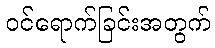
ဝင်ရောက်ခြင်းအတွက်